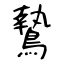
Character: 鷙